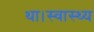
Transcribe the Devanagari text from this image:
था।स्वास्थ्य